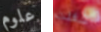
علوم شغلت